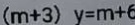
( m + 3 ) y = m + 6